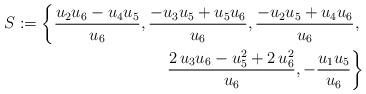
LaTeX: \begin{align*}S:=\left\{{\frac {{u}_{2}{u}_{6}-{u}_{4}{u}_{5}}{{u}_{6}}}, {\frac {-{u}_{3}{u}_{5}+{u}_{5}{u}_{6}}{{u}_{6}}}, {\frac{-{u}_{2}{u}_{5}+{u}_{4}{u}_{6}}{{u}_{6}}}, \right. \\\left. {\frac {2\,{u}_{3}{u}_{6}-{u}_{5}^2+2\,{u}_{6}^2}{{u}_{6}}}, -{\frac{{u}_{1}{u}_{5}}{{u}_{6}}}\right\}\end{align*}